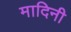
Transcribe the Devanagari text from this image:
मादिनी